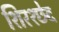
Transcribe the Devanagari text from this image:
शिरश्छेद